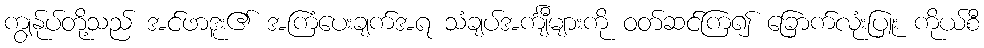
ကျွန်ုပ်တို့သည် အင်ဖာဒူး၏ အကြံပေးချက်အရ သံချပ်အင်္ကျီများကို ဝတ်ဆင်ကြ၍ ခြောက်လုံးပြူး ကိုယ်စီ